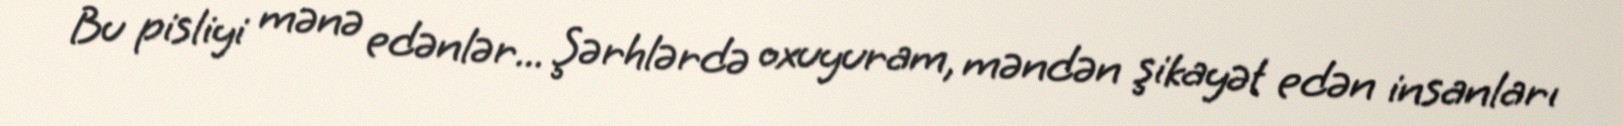
Bu pisliyi mənə edənlər... Şərhlərdə oxuyuram, məndən şikayət edən insanları